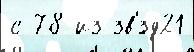
с 78 из зв'́зд21